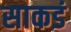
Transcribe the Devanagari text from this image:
साकडं